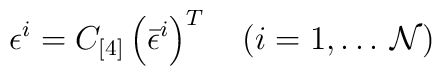
\epsilon^i = C_{[4]} \left( {\bar \epsilon}^i\right)^T  \quad (i=1,\dots\,{\cal N})